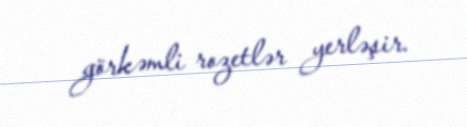
görkəmli rozetlər yerləşir.